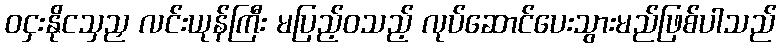
ဝငှးနိုငသှညှ လင်းယုန်ကြီး မပြည့်ဝသည့် လုပ်ဆောင်ပေးသွားမည်ဖြစ်ပါသည်